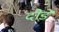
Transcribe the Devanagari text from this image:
दोडे